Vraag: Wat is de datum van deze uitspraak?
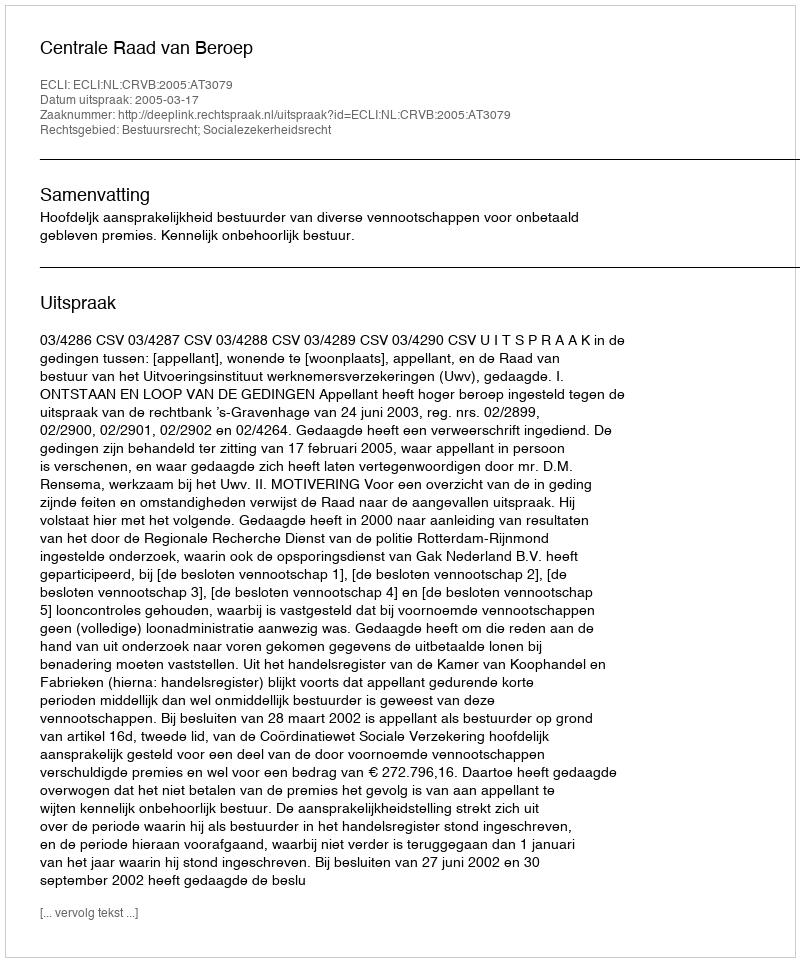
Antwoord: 2005-03-17